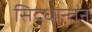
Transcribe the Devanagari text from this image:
सिद्धान्तन